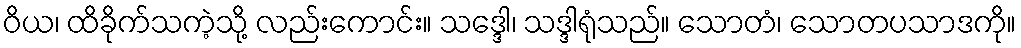
ဝိယ၊ ထိခိုက်သကဲ့သို့ လည်းကောင်း။ သဒ္ဒေါ၊ သဒ္ဒါရုံသည်။ သောတံ၊ သောတပသာဒကို။